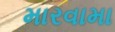
મારવામા